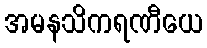
အမနသိကရဏီယေ